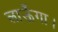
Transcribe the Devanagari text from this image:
लाऊँगा।